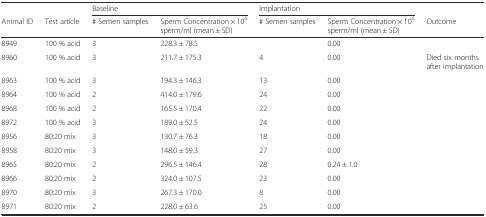
<table><thead><tr><td></td><td></td><td colspan="2"><b>Baseline</b></td><td colspan="2"><b>Implantation</b></td><td></td></tr><tr><td><b>Animal ID</b></td><td><b>Test article</b></td><td><b># Semen samples</b></td><td><b>Sperm Concentration × 10<sup>6</sup> sperm/ml (mean ± SD)</b></td><td><b># Semen samples</b></td><td><b>Sperm Concentration × 10<sup>6</sup> sperm/ml (mean ± SD)</b></td><td><b>Outcome</b></td></tr></thead><tbody><tr><td>8949</td><td>100 % acid</td><td>3</td><td>228.3 ± 78.5</td><td></td><td>0.00</td><td></td></tr><tr><td>8960</td><td>100 % acid</td><td>3</td><td>211.7 ± 175.3</td><td>4</td><td>0.00</td><td>Died six months after implantation</td></tr><tr><td>8963</td><td>100 % acid</td><td>3</td><td>194.3 ± 146.3</td><td>13</td><td>0.00</td><td></td></tr><tr><td>8964</td><td>100 % acid</td><td>2</td><td>414.0 ± 179.6</td><td>24</td><td>0.00</td><td></td></tr><tr><td>8968</td><td>100 % acid</td><td>2</td><td>165.5 ± 170.4</td><td>22</td><td>0.00</td><td></td></tr><tr><td>8972</td><td>100 % acid</td><td>3</td><td>189.0 ± 52.5</td><td>24</td><td>0.00</td><td></td></tr><tr><td>8956</td><td>80:20 mix</td><td>3</td><td>130.7 ± 76.3</td><td>18</td><td>0.00</td><td></td></tr><tr><td>8958</td><td>80:20 mix</td><td>3</td><td>148.0 ± 59.3</td><td>27</td><td>0.00</td><td></td></tr><tr><td>8965</td><td>80:20 mix</td><td>2</td><td>296.5 ± 146.4</td><td>28</td><td>0.24 ± 1.0</td><td></td></tr><tr><td>8966</td><td>80:20 mix</td><td>2</td><td>324.0 ± 107.5</td><td>23</td><td>0.00</td><td></td></tr><tr><td>8970</td><td>80:20 mix</td><td>3</td><td>267.3 ± 170.0</td><td>8</td><td>0.00</td><td></td></tr><tr><td>8971</td><td>80:20 mix</td><td>2</td><td>228.0 ± 63.6</td><td>25</td><td>0.00</td><td></td></tr></tbody></table>